Vital statistics of India. Vol. VI, European troops 1870-79
Year: 1870
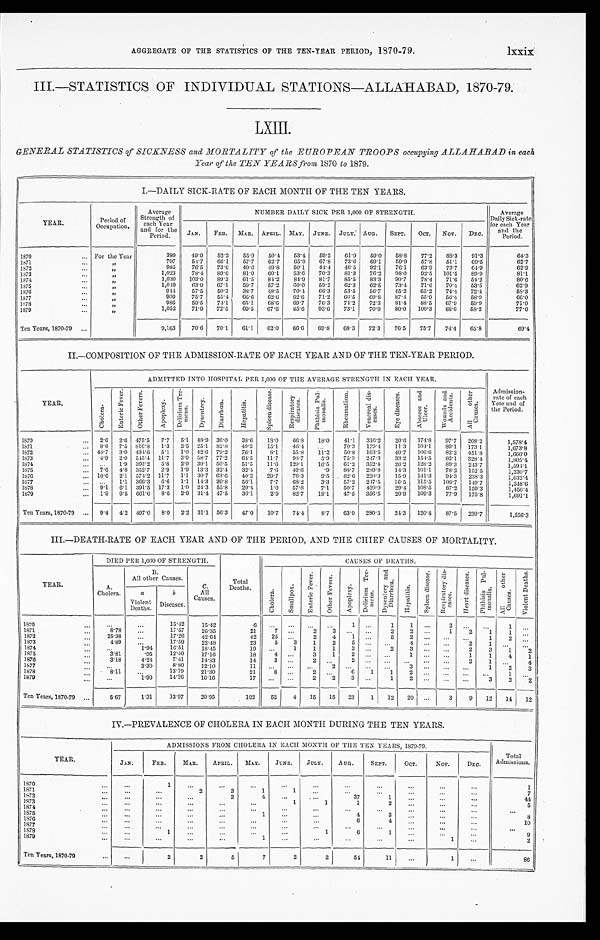
AGGREGATE OF THE STATISTICS OF THE TEN-YEAR PERIOD, 1870-79.
lxxix
III.—STATISTICS OF INDIVIDUAL STATIONS—ALLAHABAD, 1870-79.
LXIII.
GENERAL STATISTICS of SICKNESS and MORTALITY of the EUROPEAN TROOPS occupying ALLAHABAD in each
Year of the TEN YEARS from 1870 to 1879.
I.—DAILY SICK-RATE OF EACH MONTH OF THE TEN YEARS.
YEAR.
Period of
Occupation.
Average
Strength of
each Year
and for the
P e r i o d .
NUMBER DAILY SICK PER 1,000 OF STRENGTH.
Average
Daily Sick-rate
for each Year
and the
Period.
JAN. FEB. MAR. APRIL. MAY. JUNE. JULY. AUG. SEPT. OCT. NOV.
DEC.
1870
... For the Year
389
49. 9
52.2 55.9 50.4 53.4 59.2 61.9 59.0 58.8
77.2 88.3 91.3
64. 3
1871
. . . „
797
54.7 66.1
57. 7
62.7 65.9 67.8 73.6 69.1
59.9 57.8 51.1
69.5
62. 7
1872
...
„
985
76.5 73.6 49.6 49. 8
50.1
44.4 46.5 92.1
76.1
63.9 72.7 64.9
62.9
1873
... „
1,023
78. 4
89. 6
81.0 60.1
53.6 70.3 81.3 76.2 98.0
92.5 101.5 89.9
81.1
1874
... „
1,030 103.0 89.3 61.5 84.2
84.9 81.7 85.5 83.3 90.7
78.4 71.6 54.2
80.6
1875
...
„
1, 049
63.9 67.1
59.7 57.2 60.0 59.2 62.3 62.5 73.4 71.6 70. 4
53.5
62.9
1876
... „
944
57.5
50.3 38.7 48. 5
70.4 66.3 53.5 56.7 45.2 65.2 7 4 . 4
72.4
58.3
1877
... „
909
75.7 5 5 . 4
66.6 62.6 62.6 71.2 66.5 69. 8
87.4
55.9 56.4 58.9
66.0
1878
...
„
986
59.5 74.1 65.1 68.6 69.7
76.3 74.2 72.3
81.4 88.5 67.9 59. 9
71.0
1879
...
„
1,052
71.9 72.5
69.5 67.6
85.6 93.6 73.1 70.9
80.0 100.3 88.6 58.2
77.0
Ten Years, 1870-79 ...
9,163
70.6 70.1 61.1
62.0 66.6 69.8 68.3 72.3 76.5 75.7 74. 4
65.8
69.4
II.—COMPOSITION OF THE ADMISSION-RATE OF EACH YEAR AND OF THE TEN-YEAR PERIOD.
YEAR.
ADMITTED INTO HOSPITAL PER 1,000 OF THE AVERAGE STRENGTH IN EACH YEAR.
Admission-
rate of each
Year and of
the Period.
C h o l e r a .
E n t e r i c F e v e r . O t h e r F e v e r s .
A p o p l e x y . D e l i r i u m T r e -
m e n s .
D y s e n t e r y .
D i a r r h œ a .
H e p a t i t i s .
S p l e e n d i s e a s e .
R e s p i r a t o r y
d i s e a s e s .
P h t h i s i s P u l -
m o n a l i s .
R h e u m a t i s m . V e n e r e a l d i s -
e a s e s .
E y e d i s e a s e s .
A b s c e s s a n d
U l c e r .
W o u n d s a n d
A c c i d e n t s . A l l o t h e r
C a u s e s .
1870
... 2.6 2.6 475.5 7.7 5.1 48.9 36. 0
38.6 18.0 66.8
18.0
41. 1
316.2
20.6 174.8
97.7 208.2
1,578.4
1871
... 8.8 7.5 816.8 1.3 2.5 25.1 82.8 40.2
15.1
46.4 ...
70.3 179.4 11.3 104.1
89.1 173.1
1,673.8
1872
... 44.7 3.0 434.6 5.1 1.0 42.6 79.2 76.1
8.1
55.8
11.2
50.8 163.5
4 9 . 7 106.6 82. 2
451.8
1,666.0
1873
... 4.9 2.0 545.4 11.7 3.9 58.7 77.2 64.5 11.7 98.7
5.9 75.3 2 4 7 . 3
33.2 154.5 82.1 328.4
1,805.4
1874
. . .
. . . 1.9 393.2 5.8 2.9 30.1 50.5
51.5 11.6 129. 1
16.5 61. 2
352.4
26.2 128.2
89.3 243.7
1,594.1
1875
... 7.6 4. 8 3 5 2 . 7
2.9 1.9 13.3 32. 4
32.4
7.6
4 9 . 6 .9 88.7 289.8
14. 3
101.1 78.2 152.5
1,230.7
1876
... 10.6 2.1 574.2 11.7 1.1 30.7 63.6 40.2 29.7 76.3
9.5 82.6 220.3
15.9 131.3 94.3 238.3
1,632.4
1877
... . . .
1.1 366.3 6.6 1.1 14.3 30. 8
56.1
7.7 68.2
3.3
57.2
2 4 7 . 5
16.5 115.5 106.7 149.7
1,248.6
1878
... 9.1 6.1 391.5 17.3 1.0 24.3 55.8 29.4
1.0 57. 8
7.1
50.7 420.9
29.4 108.5
87.2 159.3
1,456.4
1879
... 1.9 9.5 661.6 8.6 2.9 31.4 47.5 36.1
2. 9
82.7
18.1
47.5 356.5
20.9 109.3 77.9 175.8
1,691.1
Ten Years, 1870-79 ... 9.4 4.2 497.0 8.0 2.2 31.1 56. 3
47.0 10.7 7 4 . 4
8.7 63.9 280.5 24.3 120. 4
87.5 230.7
1,556.3
III.—DEATH-RATE OF EACH YEAR AND OF THE PERIOD, AND THE CHIEF CAUSES OF MORTALITY.
YEAR.
DIED PER 1,000 OF STRENGTH.
Total
Deaths.
CAUSES OF DEATHS.
A.
Cholera.
B.
All other Causes.
C.
All
Causes.
C h o l e r a .
S m a l l p o x .
E n t e r i c F e v e r .
O t h e r F e v e r s .
A p o p l e x y .
D e l i r i u m T r e -
m e n s .
D y s e n t e r y a n d
D i a r r h œ a .
H e p a t i t i s .
S p l e e n d i s e a s e . R e s p i r a t o r y d i s -
e a s e s .
H e a r t d i s e a s e s . P h t h i s i s P u l -
m o n a l i s .
A l l o t h e r
C a u s e s .
V i o l e n t D e a t h s .
a
Violent
Deaths.
b
Diseases.
1870
. . .
...
...
15.42
15.42
6 . . .
. . . . . .
. . . 1
. . .
1 1 . . .
2 . . .
...
1 . . .
1871
. . .
8.78
...
17.57
26.35
21 7
. . . 2 3 . . .
. . .
2 2 . . .
1
2
1
1 . . .
1872
. . .
25.38 . . .
17.26
42.64
42
25 ...
2
4
1 . . .
5 2 . . .
. . .
. . .
1
2 . . .
1873
...
4.89
...
17.59
22.48
23
5
3
1
2
5 ... . . .
4 . . .
. . .
2 1
. . .
. . .
1874
. . .
. . .
1.94
16.51
18.45
19 ...
1
1
1 3
. . .
2
3 . . .
. . .
2
3
1 2
1875
. . .
3.81
.95
12.40
17.16
18
4 ...
3
1
2 . . .
. . .
1 . . .
. . .
1
1
4
1
1876
. . .
3.18
4.24
7.41
14. 83
14
3
. . .
2 . . .
2 . . .
. . .
. . . . . .
. . .
2 1
. . .
4
1877
. . . . . .
3.30
8.80
12.10
11 . . .
. . . ... 2
. . .
. . .
. . .
3 . . .
. . .
. . .
1
2
3
1878
...
8.11 . . .
13.19
21.30
21
8
. . . 2
. . .
6
1
1
2 . . .
. . .
. . . . . .
1
. . .
1879
. . . . . .
1.90
14.26
16.16
17 . . .
. . .
2
2
3 . . .
1 2 . . .
. . .
. . .
3
2
2
Ten Years, 1870-79 ...
5.67
1.31
13.97
20.95
192
52
4 15 15 23
1 12 20 . . .
3
9 12 14 12
IV.—PREVALENCE OF CHOLERA IN EACH MONTH DURING THE TEN YEARS.
YEAR.
ADMISSIONS FROM CHOLERA IN EACH MONTH OF THE TEN YEARS, 1870-79.
Total
Admissions.
JAN.
FEB.
MAR.
APRIL. MAY.
JUNE.
JULY.
AUG.
SEPT.
OCT.
NOV.
DEC.
1870
. . .
.. .
1
. . . . . .
. . . . . .
. . .
. . .
. . .
. . . . . .
...
1
1871
. . .
...
. . .
2
3
1
1 . . .
... . . .
. . . . . .
...
7
1872
. . .
. . . . . . . . .
2
4
. . .
. . .
37
1
. . . . . .
...
44
1873
...
...
. . .
...
...
...
1
1
1
2
. . . . . .
. . .
5
1874
. . .
. . . . . .
. . .
. . . . . .
. . .
. . .
. . .
...
. . . . . .
. . .
. . .
1875
...
. . . . . .
...
... 1
...
...
4
3
. . .
...
. . .
8
1876
. . .
. . . . . .
. . .
. . . . . .
. . .
. . .
6
4 . . .
. . .
. . .
10
1877
. . .
...
... . . .
...
...
...
. . .
. . .
. . .
. . .
...
...
. . .
1878
. . .
. . .
1
...
. . . . . .
...
1
6
1
. . . . . .
. . .
9
1879
. . .
. . . . . .
. . .
. . . 1
. . . . . .
. . .
. . .
. . .
1
. . .
2
Ten Years, 1870-79
...
...
2
2
5
7
2
2
54
11
...
1
. . .
86